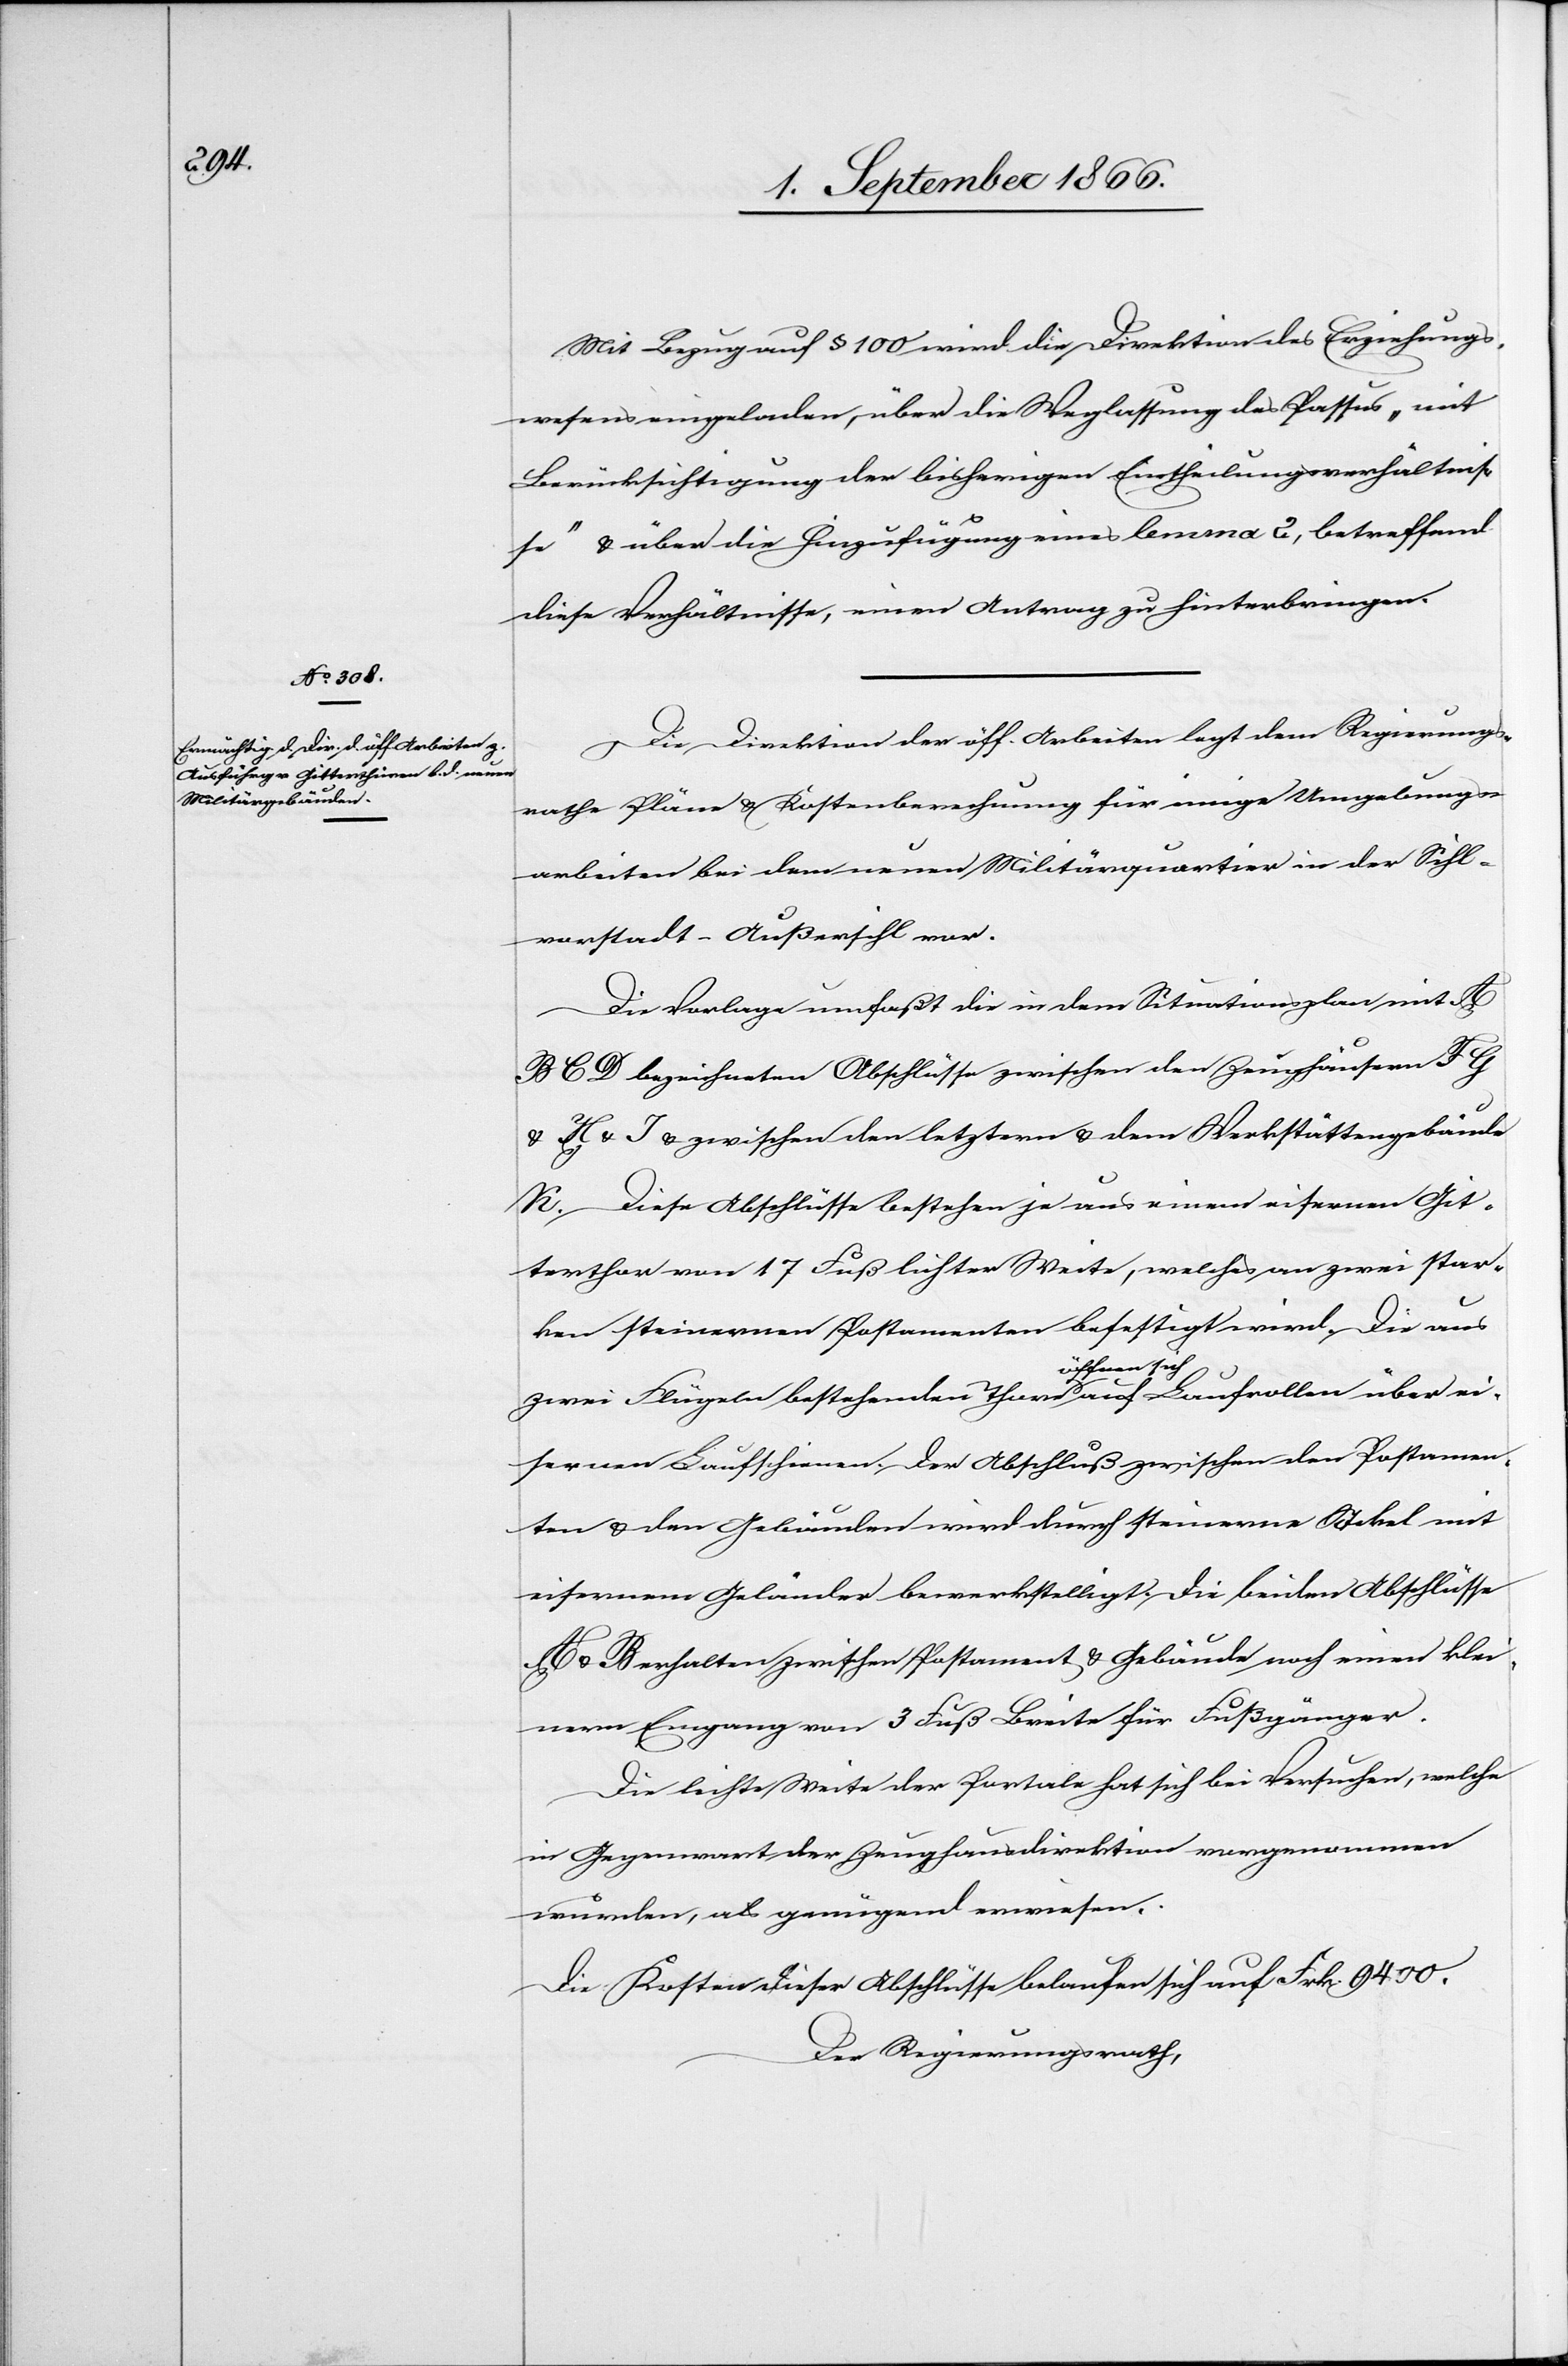
Mit Bezug auf § 100 wird die Direktion des Erziehungs¬
wesens eingeladen, über die Weglassung des Passus „mit
Berücksichtigung der bisherigen Eintheilungsverhältnis¬
se“ u. über die Hinzufügung eines lemma 2, betreffend
diese Verhältnisse, einen Antrag zu hinterbringen.
Die Direktion der öff. Arbeiten legt dem Regierungs¬
rathe Pläne u. Kostenberechnung für einige Umgebungs¬
arbeiten bei dem neuen Militärquartier in der Sihl¬
vorstadt-Außersihl vor.
Die Vorlage umfaßt die in dem Situationsplan mit A
B C D bezeichneten Abschlüsse zwischen den Zeughäusern F G u.
H u. I u. zwischen den letztern u. dem Werkstättengebäude
K. Diese Abschlüsse bestehen je aus einem eisernen Git¬
terthor von 17 Fuß lichter Weite, welches an zwei star¬
ken steinernen Postamenten befestigt wird. Die aus
zwei Flügeln bestehenden Thore öffnen sich auf Laufrollen über ei¬
sernen Laufschienen. Der Abschluß zwischen den Postamen¬
ten u. den Gebäuden wird durch steinerne Sockel mit
eisernem Geländer bewerkstelligt. Die beiden Abschlüsse
u. B erhalten zwischen Postament u. Gebäude noch einen klei¬
nen Eingang von 3 Fuß Breite für Fußgänger.
Die lichte Weite der Portale hat sich bei Versuchen, welche
in Gegenwart der Zeughausdirektion vorgenommen
wurden, als genügend erwiesen.
Die Kosten dieser Abschlüße belaufen sich auf Frk. 9400.
Der Regierungsrath,